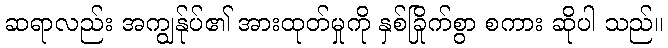
ဆရာလည်း အကျွန်ုပ်၏ အားထုတ်မှုကို နှစ်ခြိုက်စွာ စကား ဆိုပါ သည်။